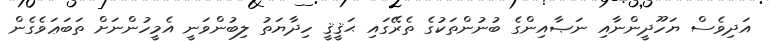
އަދިވެސް ޔަހޫދީންނާއި ނަޞާއިންގެ ބުނުންތަކުގެ ތެރޭގައި ޙަޤީޤީ ހިދާޔަތު ލިބުންވަނީ އެމީހުންނަށް ތަބަޢަވެގެން